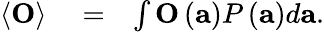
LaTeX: \begin{array}{rlr}{\left\langle\mathbf{O}\right\rangle}&{{}=}&{\int\mathbf{O}\left(\mathbf{a}\right)P\left(\mathbf{a}\right)d\mathbf{a}.}\end{array}